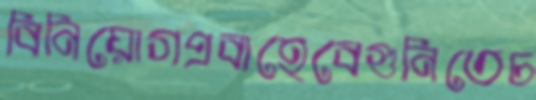
বিনিয়োগপ্রবাহেবেগুনিতেচ